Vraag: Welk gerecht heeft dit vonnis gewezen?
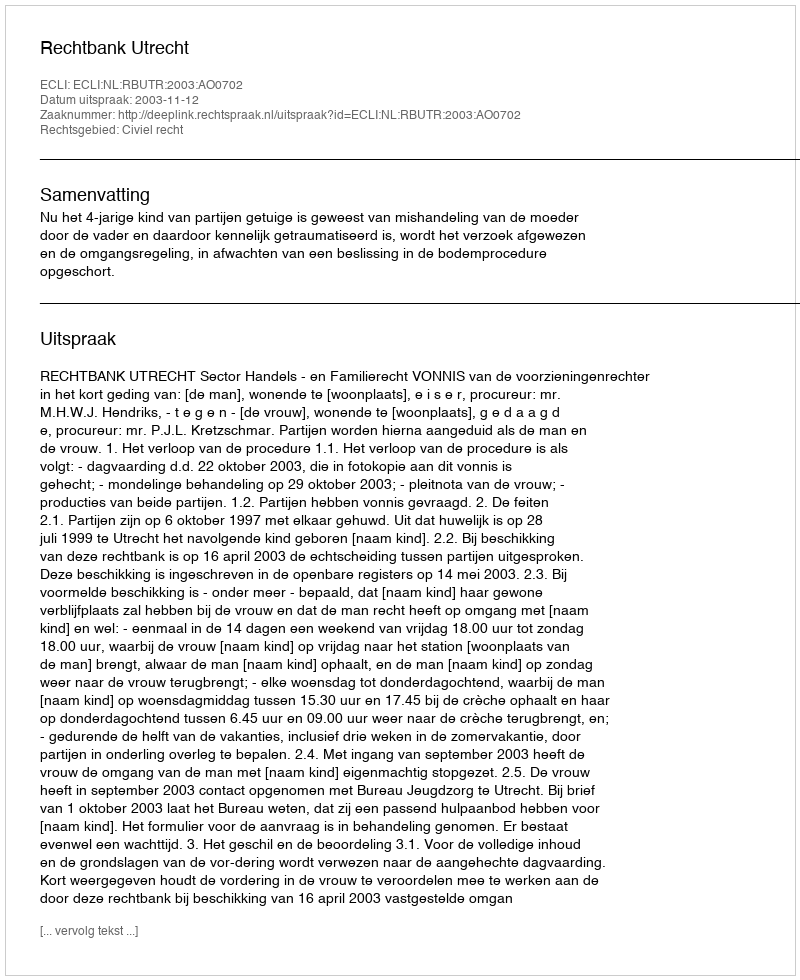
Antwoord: Rechtbank Utrecht